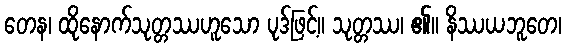
တေန၊ ထိုနောက်သုတ္တဿဟူသော ပုဒ်ဖြင့်။ သုတ္တဿ၊ ၏။ နိဿယဘူတေ၊